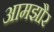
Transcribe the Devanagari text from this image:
आमझौर